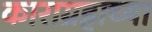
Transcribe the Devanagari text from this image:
काराग्रहाच्या